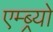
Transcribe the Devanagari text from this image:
एम्ब्र्यो